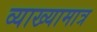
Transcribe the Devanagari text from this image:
व्याख्यामात्र